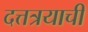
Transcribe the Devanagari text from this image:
दत्तत्रयाची